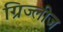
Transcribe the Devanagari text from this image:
ग्रिज्लीज